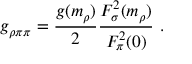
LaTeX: g _ { \rho \pi \pi } = \frac { g ( m _ { \rho } ) } { 2 } \frac { F _ { \sigma } ^ { 2 } ( m _ { \rho } ) } { F _ { \pi } ^ { 2 } ( 0 ) } \ .